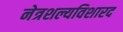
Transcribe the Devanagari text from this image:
नेत्रशल्यविशारद